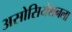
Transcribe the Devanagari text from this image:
असोसियेशनला